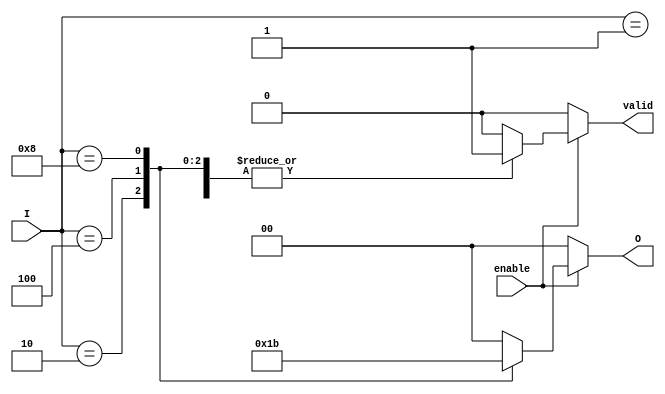
module binary_encoder (
    input wire [3:0] I,      // 4 input lines (I0, I1, I2, I3)
    input wire enable,       // Enable input
    output reg [1:0] O,      // 2 output lines (O0, O1)
    output reg valid         // Valid output indicator
);

    always @(*) begin
        if (!enable) begin
            // When enable is low, set outputs to zero
            O = 2'b00;
            valid = 1'b0; // Indicate invalid state
        end else begin
            valid = 1'b1; // Indicate valid state
            case (I)
                4'b0001: O = 2'b00; // I0 active
                4'b0010: O = 2'b01; // I1 active
                4'b0100: O = 2'b10; // I2 active
                4'b1000: O = 2'b11; // I3 active
                default: begin
                    O = 2'b00; // Default case (no active input)
                    valid = 1'b0; // Indicate invalid state
                end
            endcase
        end
    end
endmodule